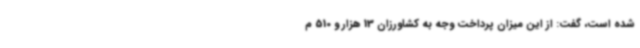
شده است، گفت: از این میزان پرداخت وجه به کشاورزان 13 هزار و 510 م